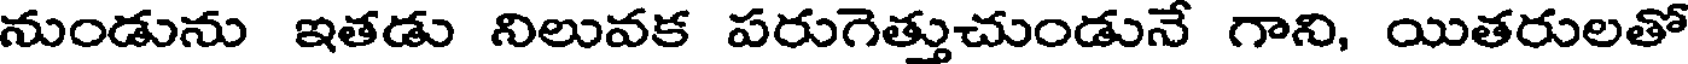
నుండును ఇతడు నిలువక పరుగెత్తుచుండునే గాని, యితరులతో